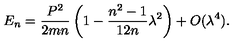
E _ { n } = { \frac { P ^ { 2 } } { 2 m n } } \left( 1 - { \frac { n ^ { 2 } - 1 } { 1 2 n } } \lambda ^ { 2 } \right) + O ( \lambda ^ { 4 } ) .